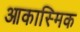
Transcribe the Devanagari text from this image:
आकास्मिक